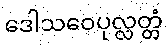
ဒေါသဝေပုလ္လတ္တံ